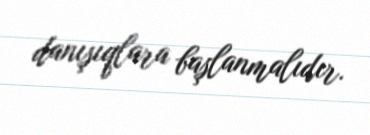
danışıqlara başlanmalıdır.